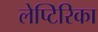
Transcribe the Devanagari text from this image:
लेप्टिरिका